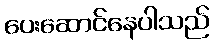
ပေးဆောင်နေပါသည်